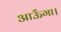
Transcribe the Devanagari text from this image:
आऊँगा।